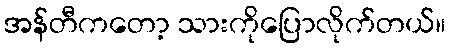
အန်တီကတော့ သားကိုပြောလိုက်တယ်။